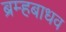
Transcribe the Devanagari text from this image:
ब्रम्हबाधव